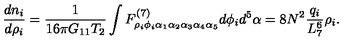
\frac { d n _ { i } } { d \rho _ { i } } = \frac { 1 } { 1 6 \pi G _ { 1 1 } T _ { 2 } } \int F _ { \rho _ { i } \phi _ { i } \alpha _ { 1 } \alpha _ { 2 } \alpha _ { 3 } \alpha _ { 4 } \alpha _ { 5 } } ^ { ( 7 ) } d \phi _ { i } d ^ { 5 } \alpha = 8 N ^ { 2 } \frac { q _ { i } } { L _ { 7 } ^ { 6 } } \rho _ { i } .